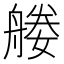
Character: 𦩩